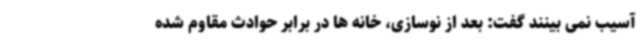
آسیب نمی بینند گفت: بعد از نوسازی، خانه ها در برابر حوادث مقاوم شده